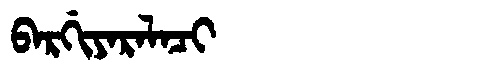
Manchu: ᠪᠠᡵᡤᡳᠶᠠᡵᠠᠯᠠᠴᡳ
Romanization: BARGIYARALACI